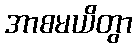
အာစမယိတွာ